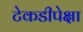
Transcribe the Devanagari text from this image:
टेकडीपेक्षा